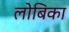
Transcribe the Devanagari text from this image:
लोबिका